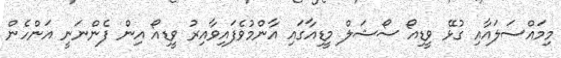
މިމައްސަލައާއި ގުޅޭ ވީޑިއޯ ސޯޝަލް މީޑިއާގައި އާންމުވެފައިވާއިރު ވީޑިއޯ އިން ފެންނަނީ އަންހެން